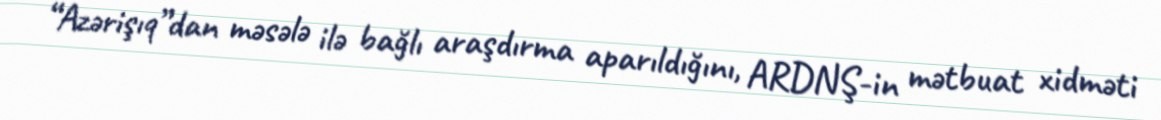
“Azərişıq”dan məsələ ilə bağlı araşdırma aparıldığını, ARDNŞ-in mətbuat xidməti